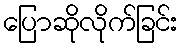
ပြောဆိုလိုက်ခြင်း